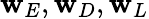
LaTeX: \mathbf{w}_{E},\mathbf{w}_{D},\mathbf{w}_{L}